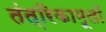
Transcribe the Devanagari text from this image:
तंत्रिकामूलों